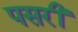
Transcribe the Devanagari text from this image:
पसरीं